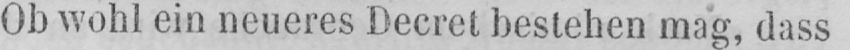
Ob wohl ein neueres Decret bestehen mag, dass